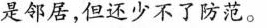
是邻居，但还少不了防范。